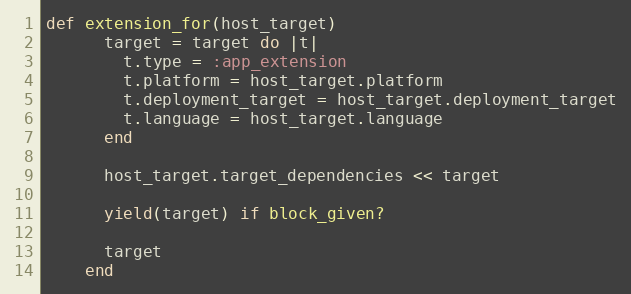
Language: Ruby
def extension_for(host_target)
      target = target do |t|
        t.type = :app_extension
        t.platform = host_target.platform
        t.deployment_target = host_target.deployment_target
        t.language = host_target.language
      end

      host_target.target_dependencies << target

      yield(target) if block_given?

      target
    end